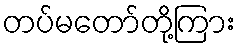
တပ်မတော်တို့ကြား